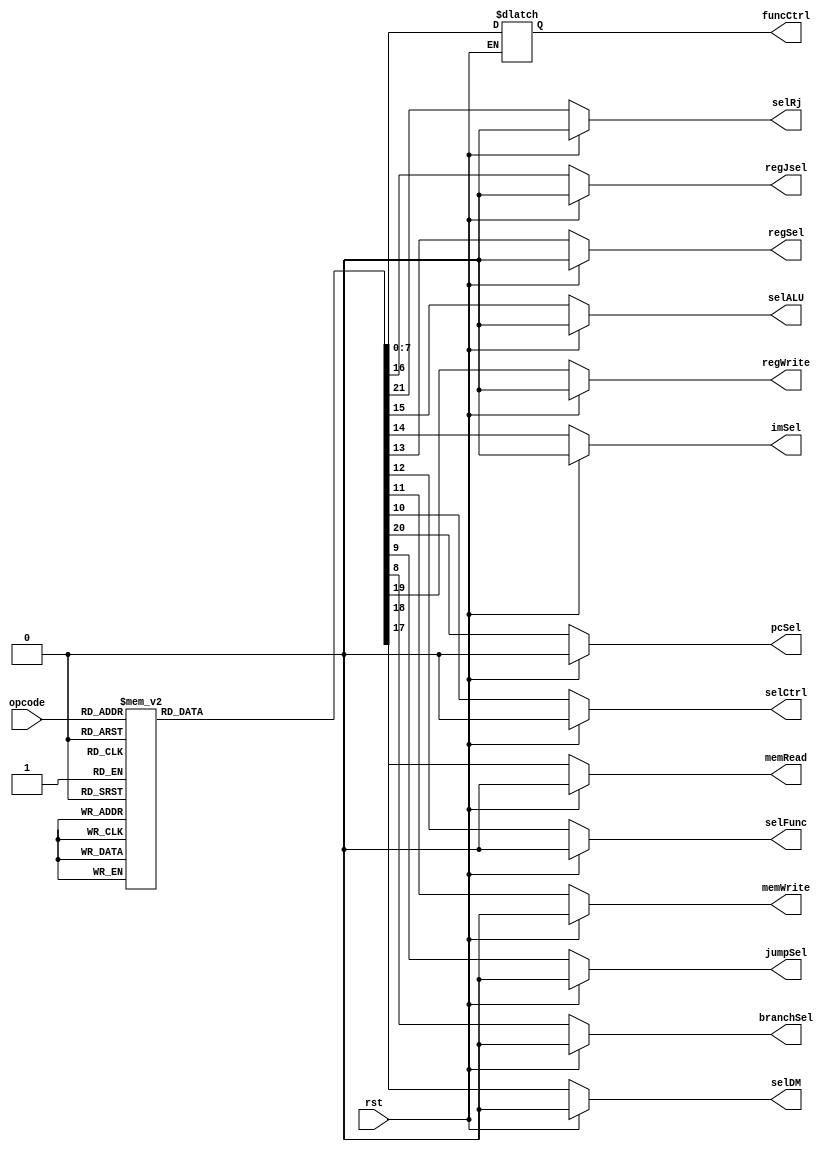
`timescale 1ps/1ps
module CU (
    rst,
    opcode,

    funcCtrl,

    memRead,
    selDM,
    regWrite,
    branchSel,
    jumpSel,
    pcSel,
    selCtrl,
    memWrite,
    selFunc,
    regSel,
    imSel,
    selALU, 
    selRj,
    regJsel
    );
    input rst;
    input [3:0]opcode;
    output reg [7:0]funcCtrl;
    output reg memRead,
    selDM,
    regWrite,
    branchSel,
    jumpSel,
    pcSel,
    selCtrl,
    memWrite,
    selFunc,
    regSel,
    imSel,
    selALU,
    selRj,
    regJsel;

    parameter LOAD = 4'b0000, STORE = 4'b0001, JUMP = 4'b0010, 
              BRANCHZ = 4'b0100, TYPEC = 4'b1000, 
              ADDI = 4'b1100, SUBI = 4'b1101, ANDI = 4'b1110, ORI = 4'b1111;
    
    parameter  ADD = 8'b00000010, SUB = 8'b00000100,
               AND = 8'b00001000, OR  = 8'b00010000,
               NOP = 8'b01000000;

    always @(*) begin
        if (rst) begin
            memRead = 0;
            selDM = 0;
            regWrite = 0;
            branchSel = 0;
            jumpSel = 0;
            pcSel = 0;
            selCtrl = 0;
            memWrite = 0;
            selFunc = 0;
            regSel = 0;
            imSel = 0;
            selALU = 0;
            selRj = 0;
            regJsel = 0;
        end
        else begin
            funcCtrl = NOP;
            memRead = 0;
            selDM = 0;
            regWrite = 0;
            branchSel = 0;
            jumpSel = 0;
            pcSel = 0;
            selCtrl = 0;
            memWrite = 0;
            selFunc = 0;
            regSel = 0;
            imSel = 0;
            selALU = 0;
            selRj = 0;
            regJsel = 0;
            case(opcode)
            LOAD: begin memRead = 1; 
                        selDM = 1; 
                        regWrite = 1; 
                        pcSel = 1;
                        selRj = 1;
                  end
            STORE: begin pcSel = 1;
                         memWrite = 1; 
                         selRj = 1;
                  end
            JUMP: begin jumpSel = 1;
                        selRj = 1;
                  end
            BRANCHZ: begin branchSel = 1;
                           selCtrl = 1;
                           funcCtrl = SUB;
                           selRj = 1;
                     end
            TYPEC: begin regWrite = 1;
                         pcSel = 1;
                         selFunc = 1;
                         regSel = 1;
                         selALU = 1;
                         selRj = 1;
                   end
            ADDI: begin regWrite = 1;
                        pcSel = 1;
                        selCtrl = 1;
                        imSel = 1;
                        funcCtrl = ADD;
                        selALU = 1;
                        regJsel = 1;
                  end
            SUBI: begin regWrite = 1;
                        pcSel = 1;
                        selCtrl = 1;
                        imSel = 1;
                        funcCtrl = SUB;
                        selALU = 1;
                        regJsel = 1;
                  end
            ANDI: begin regWrite = 1;
                        pcSel = 1;
                        selCtrl = 1;
                        imSel = 1;
                        funcCtrl = AND;
                        selALU = 1;
                        regJsel = 1;
                  end
            ORI: begin regWrite = 1;
                        pcSel = 1;
                        selCtrl = 1;
                        imSel = 1;
                        funcCtrl = OR;
                        selALU = 1;
                        regJsel = 1;
                  end

            endcase
        end
    end
endmodule